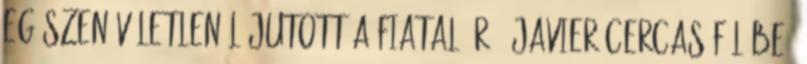
egészen véletlenül jutott a fiatal író, Javier Cercas fülébe,